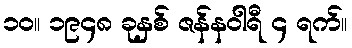
၁၀။ ၁၉၄၈ ခုနှစ် ဇန်နဝါရီ ၄ ရက်။